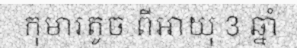
កុមារតូច ពីអាយុ 3 ឆ្នាំ